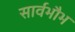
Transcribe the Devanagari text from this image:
सार्वभौभ